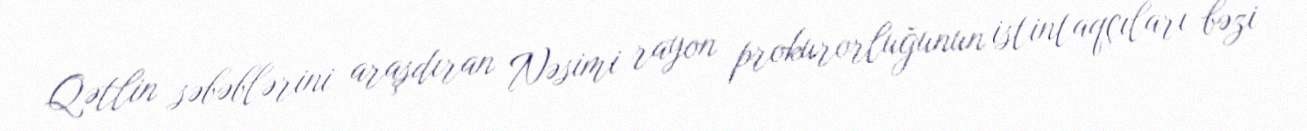
Qətlin səbəblərini araşdıran Nəsimi rayon prokurorluğunun istintaqçıları bəzi